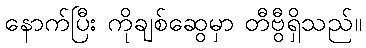
နောက်ပြီး ကိုချစ်ဆွေမှာ တီဗွီရှိသည်။